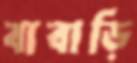
বাবাড়ি